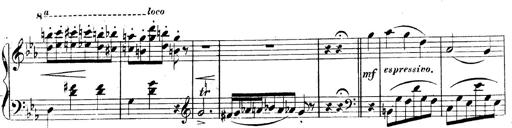
Title: 3 Caprices-Valses
Composer: Franz Liszt